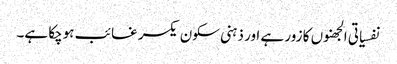
نفسیاتی الجھنوں کا زور ہے اور ذہنی سکون یکسر غائب ہوچکا ہے۔